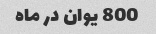
800 یوان در ماه